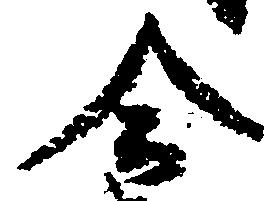
合